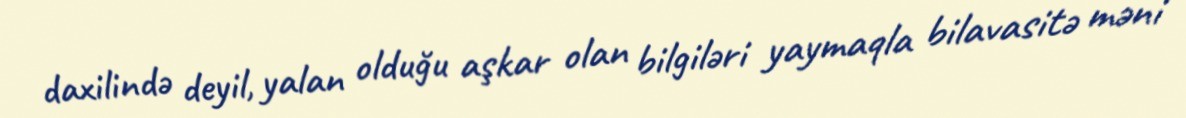
daxilində deyil, yalan olduğu aşkar olan bilgiləri yaymaqla bilavasitə məni